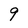
Character: 9